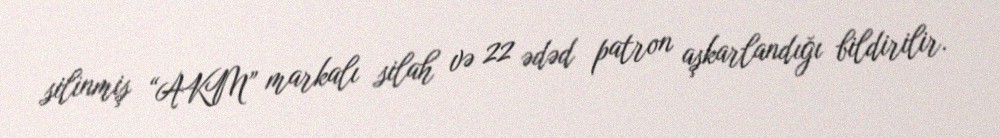
silinmiş “AKM” markalı silah və 22 ədəd patron aşkarlandığı bildirilir.